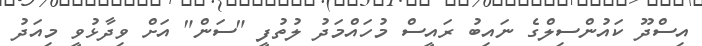
އިސްދޫ ކައުންސިލްގެ ނައިބު ރައީސް މުހައްމަދު ލުތުފީ "ސަން" އަށް ވިދާޅުވީ މިއަދު